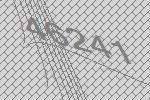
46241